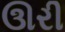
ઊરી